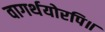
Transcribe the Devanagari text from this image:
वागर्थयोरपि॥